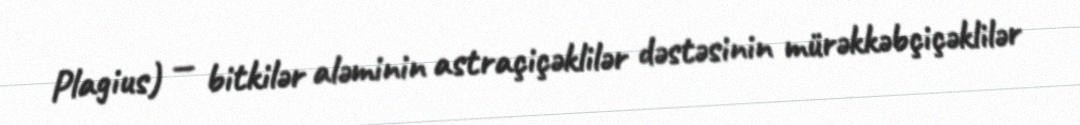
Plagius) — bitkilər aləminin astraçiçəklilər dəstəsinin mürəkkəbçiçəklilər